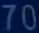
70